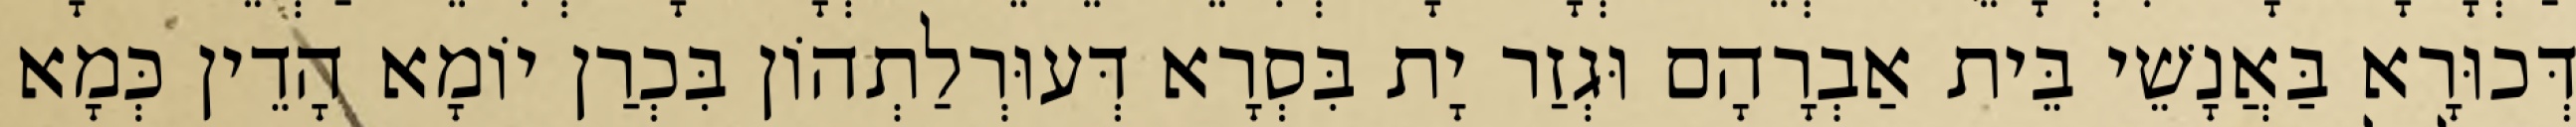
דְּכוּרָא בַּאֲנָשֵׁי בֵּית אַבְרָהָם וּגְזַר יָת בִּסְרָא דְּעוּרְלַתְהוֹן בִּכְרַן יוֹמָא הָדֵין כְּמָא